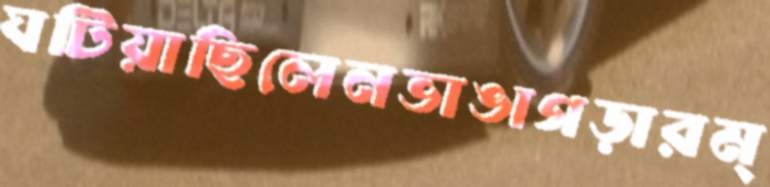
ঘটিয়াছিলেনভাঙাগড়ারম্